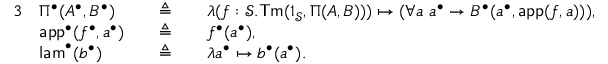
\begin{array} { r l r l r l } { { 3 } } & { \Pi ^ { \bullet } ( A ^ { \bullet } , B ^ { \bullet } ) } & & { \triangleq } & & { \lambda ( f : \mathcal { S } . \mathsf { T m } ( 1 _ { \mathcal { S } } , \Pi ( A , B ) ) ) \mapsto ( \forall a \ a ^ { \bullet } \to B ^ { \bullet } ( a ^ { \bullet } , \mathsf { a p p } ( f , a ) ) ) , } \\ & { \mathsf { a p p } ^ { \bullet } ( f ^ { \bullet } , a ^ { \bullet } ) } & & { \triangleq } & & { f ^ { \bullet } ( a ^ { \bullet } ) , } \\ & { \mathsf { l a m } ^ { \bullet } ( b ^ { \bullet } ) } & & { \triangleq } & & { \lambda a ^ { \bullet } \mapsto b ^ { \bullet } ( a ^ { \bullet } ) . } \end{array}